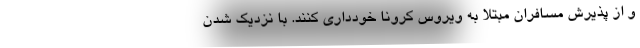
و از پذیرش مسافران مبتلا به ویروس کرونا خودداری کنند. با نزدیک شدن